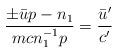
LaTeX: \begin{align*}\frac{\pm \bar u p - n_1}{m c n_1^{-1} p} = \frac{\bar u'}{c'}\end{align*}